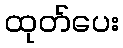
ထုတ်ပေး